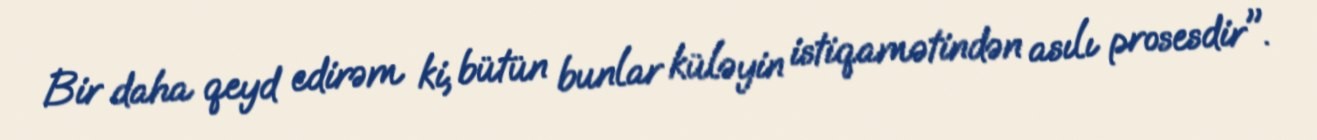
Bir daha qeyd edirəm ki, bütün bunlar küləyin istiqamətindən asılı prosesdir".